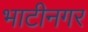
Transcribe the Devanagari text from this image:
भाटीनगर